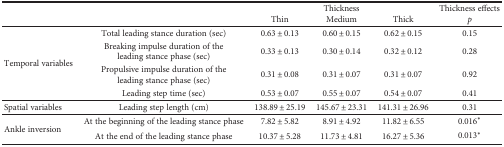
<table><thead><tr><td rowspan="2"></td><td rowspan="2"></td><td colspan="3"><b>Thickness</b></td><td><b>Thickness effects</b></td></tr><tr><td><b>Thin</b></td><td><b>Medium</b></td><td><b>Thick</b></td><td><b><i>p</i></b></td></tr></thead><tbody><tr><td rowspan="4">Temporal variables</td><td>Total leading stance duration (sec)</td><td>0.63 ± 0.13</td><td>0.60 ± 0.15</td><td>0.62 ± 0.15</td><td>0.15</td></tr><tr><td>Breaking impulse duration of the leading stance phase (sec)</td><td>0.33 ± 0.13</td><td>0.30 ± 0.14</td><td>0.32 ± 0.12</td><td>0.28</td></tr><tr><td>Propulsive impulse duration of the leading stance phase (sec)</td><td>0.31 ± 0.08</td><td>0.31 ± 0.07</td><td>0.31 ± 0.07</td><td>0.92</td></tr><tr><td>Leading step time (sec)</td><td>0.53 ± 0.07</td><td>0.55 ± 0.07</td><td>0.54 ± 0.07</td><td>0.41</td></tr><tr><td>Spatial variables</td><td>Leading step length (cm)</td><td>138.89 ± 25.19</td><td>145.67 ± 23.31</td><td>141.31 ± 26.96</td><td>0.31</td></tr><tr><td rowspan="2">Ankle inversion</td><td>At the beginning of the leading stance phase</td><td>7.82 ± 5.82</td><td>8.91 ± 4.92</td><td>11.82 ± 6.55</td><td>0.016<sup>∗</sup></td></tr><tr><td>At the end of the leading stance phase</td><td>10.37 ± 5.28</td><td>11.73 ± 4.81</td><td>16.27 ± 5.36</td><td>0.013<sup>∗</sup></td></tr></tbody></table>